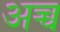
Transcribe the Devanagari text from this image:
अच्च